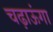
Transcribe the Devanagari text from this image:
चढ़ाऊंगा